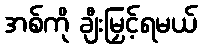
အစ်ကို ချီးမြှင့်ရမယ်